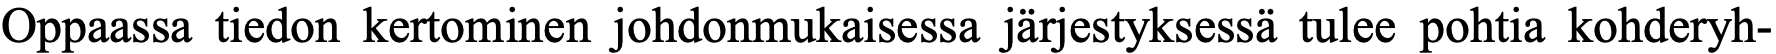
Oppaassa tiedon kertominen johdonmukaisessa järjestyksessä tulee pohtia kohderyh-